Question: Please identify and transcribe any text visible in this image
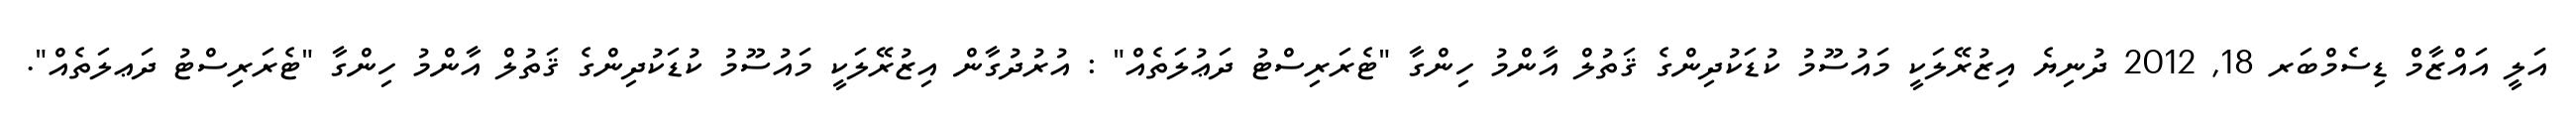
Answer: އަލީ އައްޒާމް ޑިސެމްބަރ 18, 2012 ދުނިޔެ އިޒުރޭލަކީ މައުސޫމު ކުޑަކުދިންގެ ޤަތުލް އާންމު ހިންގާ "ޓެރަރިސްޓު ދަޢުލަތެއް" : އުރުދުގާން އިޒުރޭލަކީ މައުސޫމު ކުޑަކުދިންގެ ޤަތުލް އާންމު ހިންގާ "ޓެރަރިސްޓު ދަޢލަތެއް".